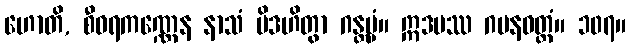
ဟောတိ, စီဝရကဏ္ဏေန နာသံ ပိဒဟိတွာ ဂန္တဗ္ဗံ။ ဣဒမဿ ဂမနဝတ္တံ။ ၁၀၇။